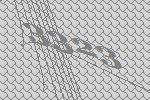
3323